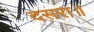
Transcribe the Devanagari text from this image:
दसरा॥